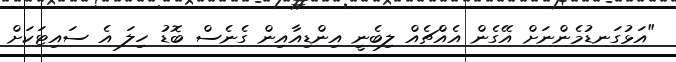
"އަޅުގަނޑުމެންނަށް އޭގެން އެއްޗެއް ލިބެނީ އިންޑިއާއިން ގެނެސް ބޮޑު ހިލަ އެ ސައިޓަކަށް